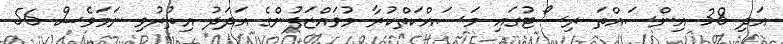
އަދި 38 އިންސައްތަ ރިސޯޓުގައި މަސައްކަތްކުރާ މުވައްޒަފުންގެ އަދަދު އިތުރުވި ނަމަވެސް 56